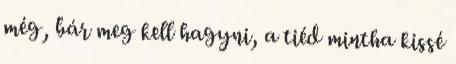
még, bár meg kell hagyni, a tiéd mintha kissé